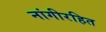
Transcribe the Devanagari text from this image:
नांगीरहित